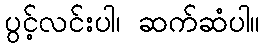
ပွင့်လင်းပါ၊ ဆက်ဆံပါ။